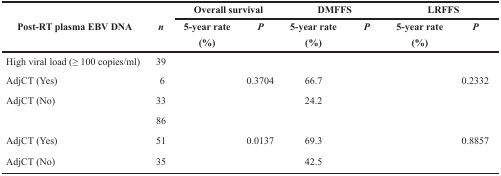
<table><thead><tr><td rowspan="2"><b>Post-RT plasma EBV DNA</b></td><td rowspan="2"><b><i>n</i></b></td><td colspan="2"><b>Overall survival</b></td><td colspan="2"><b>DMFFS</b></td><td colspan="2"><b>LRFFS</b></td></tr><tr><td><b>5-year rate (%)</b></td><td><b><i>P</i></b></td><td><b>5-year rate (%)</b></td><td><b><i>P</i></b></td><td><b>5-year rate (%)</b></td><td><b><i>P</i></b></td></tr></thead><tbody><tr><td>High viral load (≥ 100 copies/ml)</td><td>39</td><td>[EMPTY_CELL]</td><td>[EMPTY_CELL]</td><td>[EMPTY_CELL]</td><td>[EMPTY_CELL]</td><td>[EMPTY_CELL]</td><td>[EMPTY_CELL]</td></tr><tr><td>AdjCT (Yes)</td><td>6</td><td>[EMPTY_CELL]</td><td>0.3704</td><td>66.7</td><td>[EMPTY_CELL]</td><td>[EMPTY_CELL]</td><td>0.2332</td></tr><tr><td>AdjCT (No)</td><td>33</td><td>[EMPTY_CELL]</td><td>[EMPTY_CELL]</td><td>24.2</td><td>[EMPTY_CELL]</td><td>[EMPTY_CELL]</td><td>[EMPTY_CELL]</td></tr><tr><td>[EMPTY_CELL]</td><td>86</td><td>[EMPTY_CELL]</td><td>[EMPTY_CELL]</td><td>[EMPTY_CELL]</td><td>[EMPTY_CELL]</td><td>[EMPTY_CELL]</td><td>[EMPTY_CELL]</td></tr><tr><td>AdjCT (Yes)</td><td>51</td><td>[EMPTY_CELL]</td><td>0.0137</td><td>69.3</td><td>[EMPTY_CELL]</td><td>[EMPTY_CELL]</td><td>0.8857</td></tr><tr><td>AdjCT (No)</td><td>35</td><td>[EMPTY_CELL]</td><td>[EMPTY_CELL]</td><td>42.5</td><td>[EMPTY_CELL]</td><td>[EMPTY_CELL]</td><td>[EMPTY_CELL]</td></tr></tbody></table>